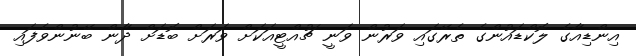
އިންޑިއާގެ ލޮކްޑައުންގެ ތެރޭގައި ވަރުން ވަނީ ޗުއްޓީއަކަށް ވަރަށް ބޮޑަށް ދާން ބޭނުންވެފައި